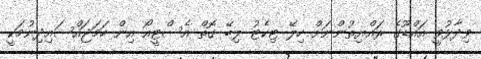
ވިދާޅުވީ އައްޑޫގެ ރައްޔިތުންނަށް ހިލޭ ޓިކެޓު ލިބޭ ގޮތް އެސްޓީއޯ އިން ހަމަޖައްސައިދިނުމަކީ